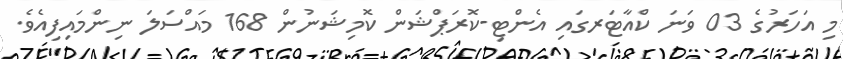
މި އަހަރުގެ 03 ވަނަ ކްއާޓަރގައި އެންޓި-ކޮރަޕްޝަން ކޮމިޝަނުން 168 މައްސަލަ ނިންމައިފިއެވެ.